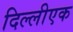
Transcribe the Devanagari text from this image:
दिल्लीएक